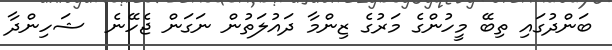
ބަންދުގައި ތިބޭ މީހުންގެ މަރުގެ ޒިންމާ ދައުލަތުން ނަގަން ޖެހޭނެ  ޝަހިންދާ